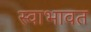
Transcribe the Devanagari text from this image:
स्वाभावत